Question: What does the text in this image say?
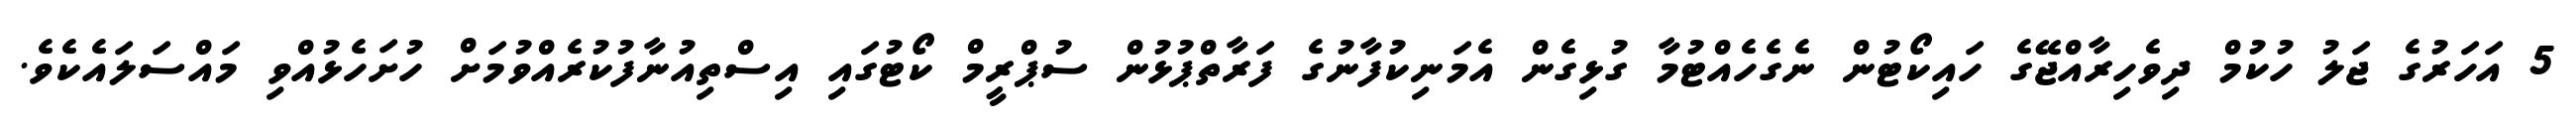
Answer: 5 އަހަރުގެ ޖަލު ހުކުމް ދިވެހިރާއްޖޭގެ ހައިކޯޓުން ނެގެހެއްޓުމާ ގުޅިގެން އެމަނިކުފާނުގެ ފަރާތްޕުޅުން ސުޕްރީމް ކޯޓުގައި އިސްތިއުނާފުކުރެއްވުމަށް ހުށަހެޅުއްވި މައްސަލައެކެވެ.